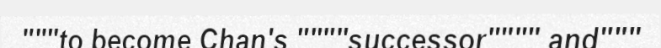
"""to become Chan's """"successor"""" and"""